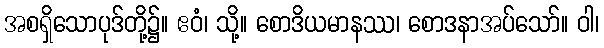
အစရှိသောပုဒ်တို့၌။ ဧဝံ၊ သို့။ စောဒိယမာနဿ၊ စောဒနာအပ်သော်။ ဝါ၊